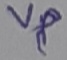
Text: Vp